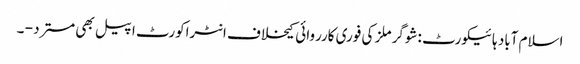
اسلام آباد ہائیکورٹ :شوگر ملز کی فوری کارروائی کیخلاف انٹراکورٹ اپیل بھی مسترد - ۔